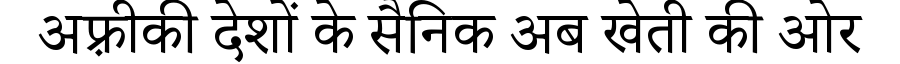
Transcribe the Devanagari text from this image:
अफ़्रीकी देशों के सैनिक अब खेती की ओर